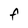
Character: f